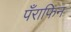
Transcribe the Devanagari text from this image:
पँराफिन